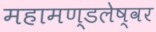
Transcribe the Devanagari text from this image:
महामण्डलेष्वर